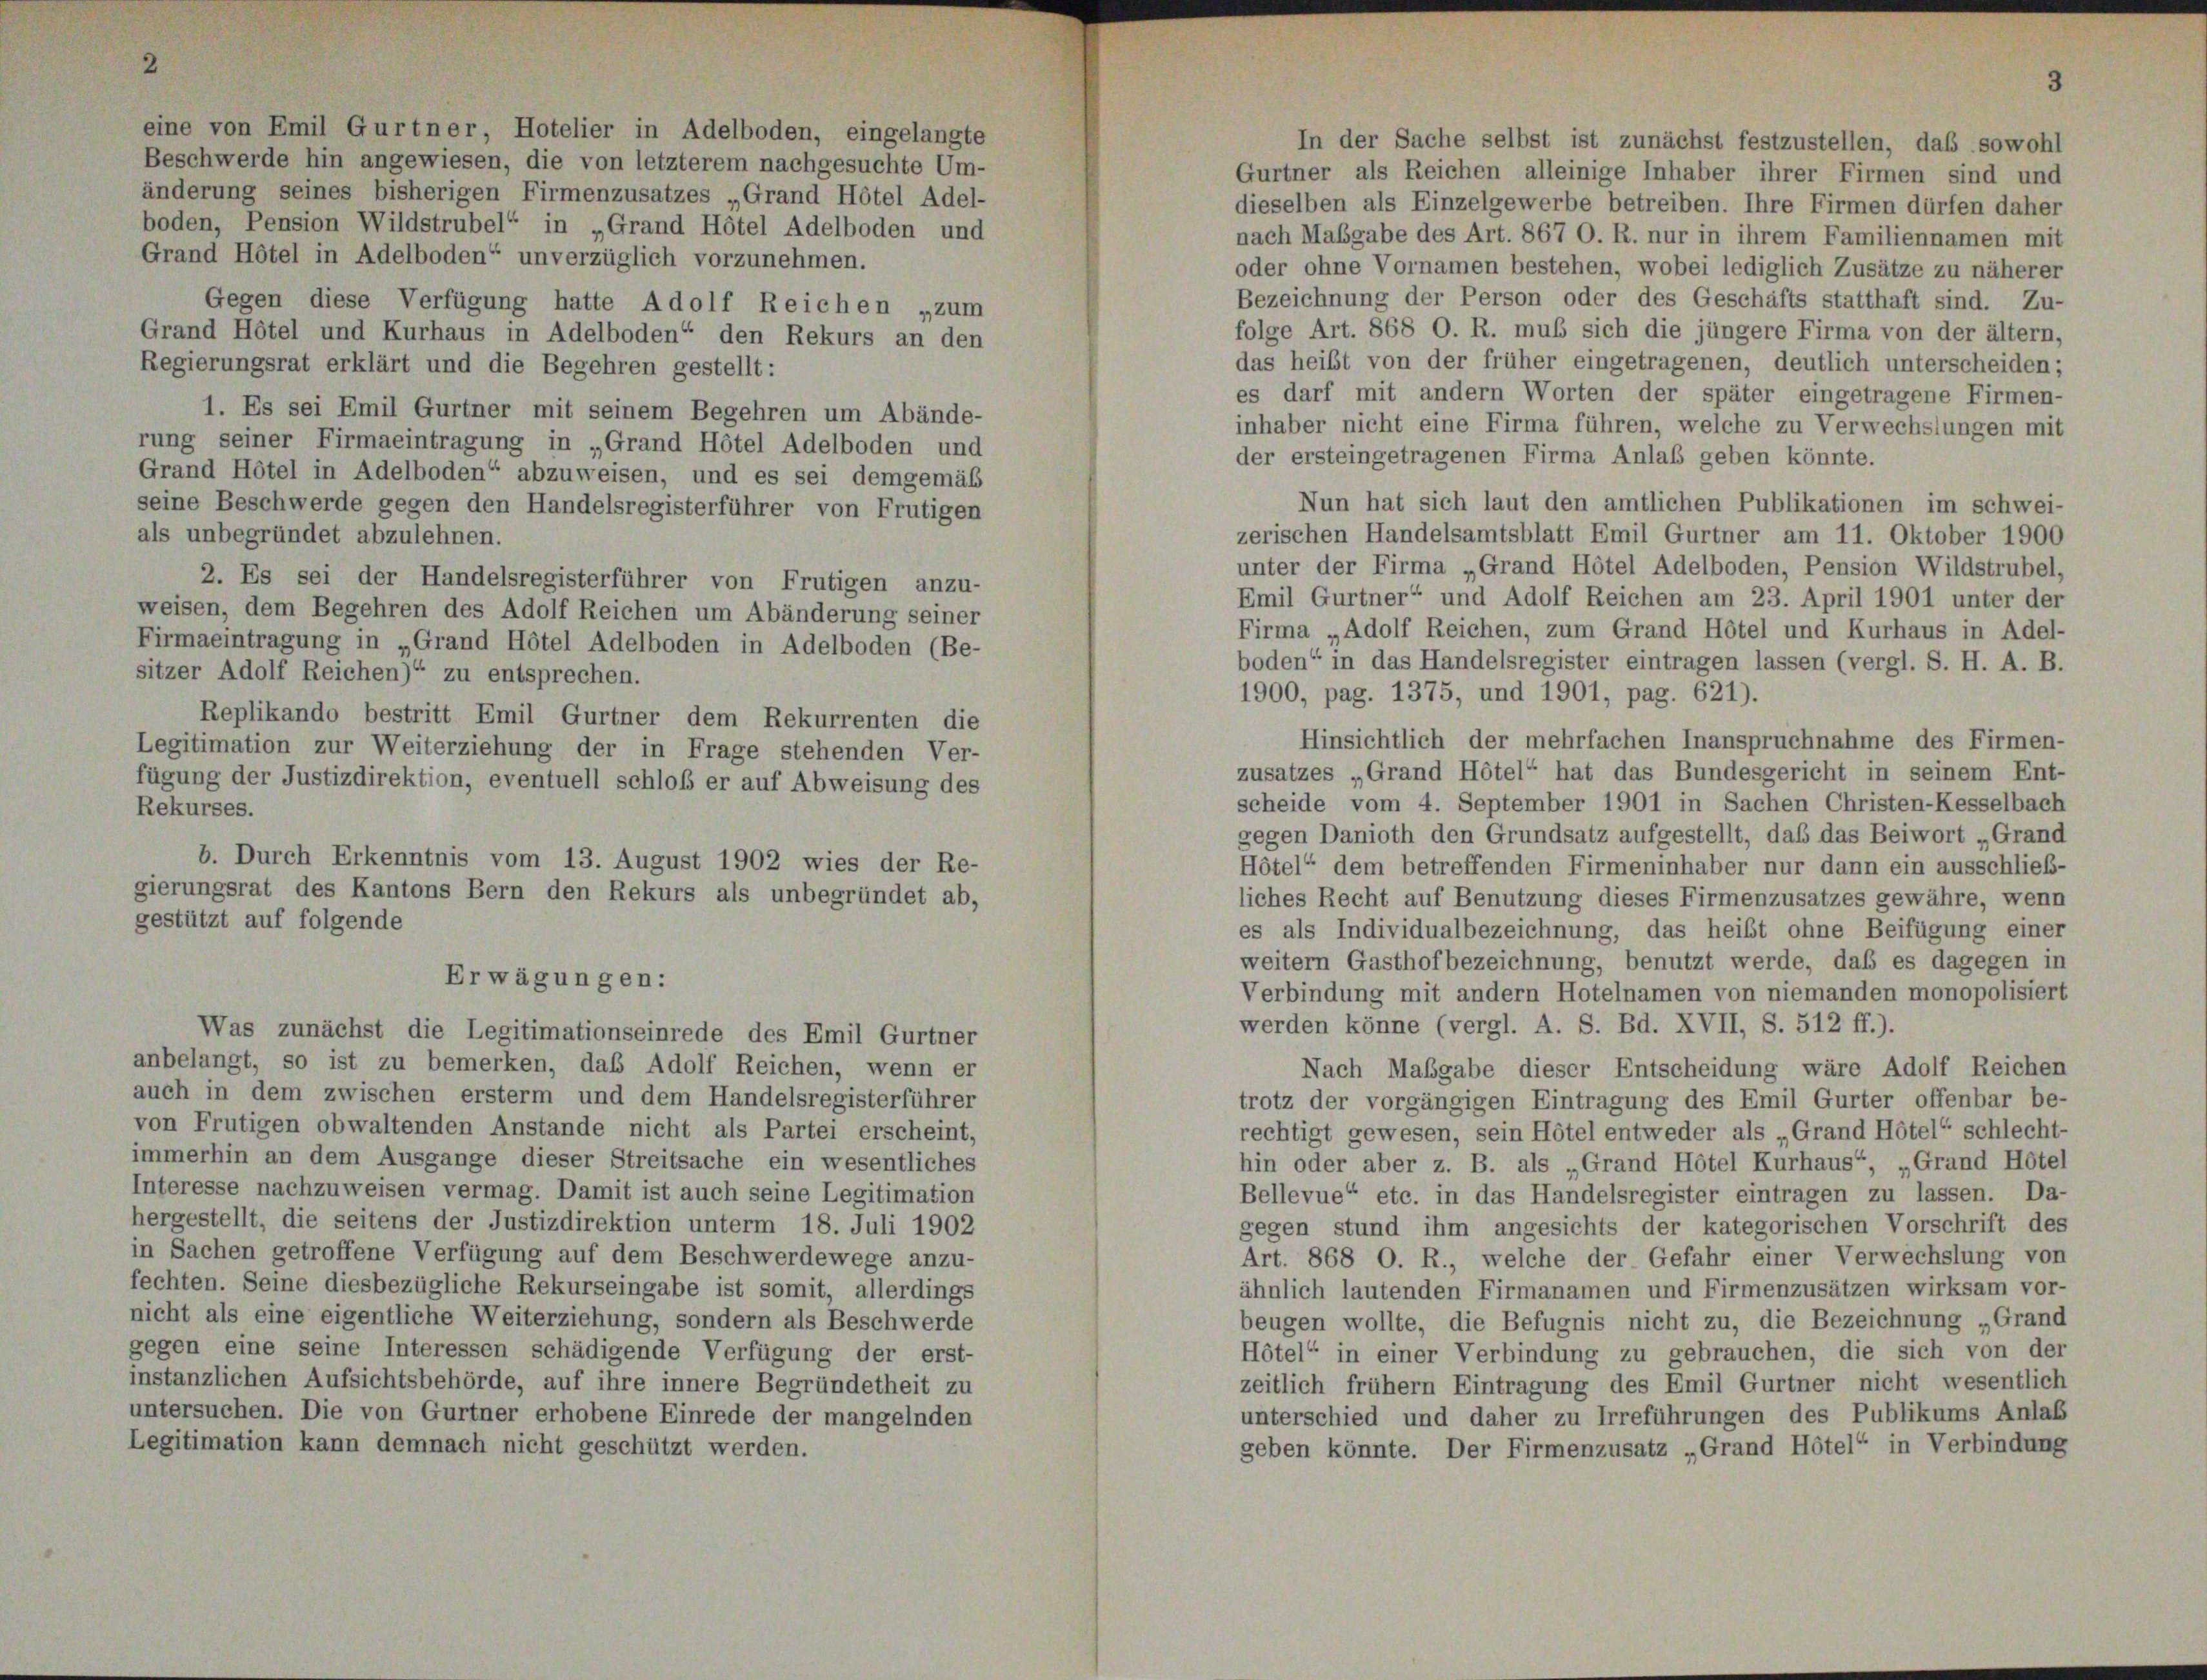
eine von Emil Gurtner, Hotelier in Adelboden, eingelangte
Beschwerde hin angewiesen, die von letzterem nachgesuchte Um-
änderung seines bisherigen Firmenzusatzes „Grand Hôtel Adel-
boden, Pension Wildstrubel“ in „Grand Hôtel Adelboden und
Grand Hôtel in Adelboden“ unverzüglich vorzunehmen.
Gegen diese Verfügung hatte Adolf Reichen „zum
Grand Hôtel und Kurhaus in Adelboden“ den Rekurs an den
Regierungsrat erklärt und die Begehren gestellt:
1. Es sei Emil Gurtner mit seinem Begehren um Abände-
rung seiner Firmaeintragung in „Grand Hotel Adelboden und
Grand Hôtel in Adelboden“ abzuweisen, und es sei demgemäß
seine Beschwerde gegen den Handelsregisterführer von Frutigen
als unbegründet abzulehnen.
2. Es sei der Handelsregisterführer von Frutigen anzu-
weisen, dem Begehren des Adolf Reichen um Abänderung seiner
Firmaeintragung in „Grand Hôtel Adelboden in Adelboden (Be-
sitzer Adolf Reichen) zu entsprechen.
Replikando bestritt Emil Gurtner dem Rekurrenten die
Legitimation zur Weiterziehung der in Frage stehenden Ver-
fügung der Justizdirektion, eventuell schloß er auf Abweisung des
Rekurses.
b. Durch Erkenntnis vom 13. August 1902 wies der Re-
gierungsrat des Kantons Bern den Rekurs als unbegründet ab,
gestützt auf folgende

Erwägunge

Was zunächst die Legitimationseinrede des Emil Gurtner
anbelangt, so ist zu bemerken, das Adolf Reichen, wenn er
auch in dem zwischen ersterm und dem Handelsregisterführer
von Frutigen obwaltenden Anstande nicht als Partei erscheint,
immerhin an dem Ausgange dieser Streitsache ein wesentliches
Interesse nachzuweisen vermag. Damit ist auch seine Legitimation
hergestellt, die seitens der Justizdirektion unterm 18. Juli 1902
in Sachen getroffene Verfügung auf dem Beschwerdewege anzu-
fechten. Seine diesbezügliche Rekurseingabe ist somit, allerdings
nicht als eine eigentliche Weiterziehung, sondern als Beschwerde
gegen eine seine Interessen schädigende Verfügung der erst-
instanzlichen Aufsichtsbehörde, auf ihre innere Begründetheit zu
untersuchen. Die von Gurtner erhobene Einrede der mangelnden
Legitimation kann demnach nicht geschützt werden.

Gurtner als Reichen alleinige Inhaber ihrer Firmen sind und
dieselben als Einzelgewerbe betreiben. Ihre Firmen dürfen daher
nach Maßgabe des Art. 867 O. R. nur in ihrem Familiennamen mit
oder ohne Vornamen bestehen, wobei lediglich Zusätze zu näherer
Bezeichnung der Person oder des Geschäfts statthaft sind. Zu-
folge Art. 868 O. R. muß sich die jüngere Firma von der ältern,
das heißt von der früher eingetragenen, deutlich unterscheiden;
es darf mit andern Worten der später eingetragene Firmen-
inhaber nicht eine Firma führen, welche zu Verwechslungen mit
der ersteingetragenen Firma Anlaß geben könnte.
Nun hat sich laut den amtlichen Publikationen im schwei-
zerischen Handelsamtsblatt Emil Gurtner am 11. Oktober 1900
unter der Firma „Grand Hotel Adelboden, Pension Wildstrubel,
Emil Gurtner“ und Adolf Reichen am 23. April 1901 unter der
Firma „Adolf Reichen, zum Grand Hotel und Kurhaus in Adel-
boden“ in das Handelsregister eintragen lassen (vergl. S. H. A. B.
1900, pag. 1375, und 1901, pag. 621).
Hinsichtlich der mehrfachen Inanspruchnahme des Firmen-
zusatzes „Grand Hötel“ hat das Bundesgericht in seinem Ent-
scheide vom 4. September 1901 in Sachen Christen-Kesselbach
gegen Danioth den Grundsatz aufgestellt, daß das Beiwort „Grand
Hötel“ dem betreffenden Firmeninhaber nur dann ein ausschließ-
liches Recht auf Benutzung dieses Firmenzusatzes gewähre, wenn
es als Individualbezeichnung, das heißt ohne Beifügung einer
weitern Gasthof bezeichnung, benutzt werde, daß es dagegen in
Verbindung mit andern Hotelnamen von niemanden monopolisiert
werden könne (vergl. A. S. Bd. XVII, S. 512 ff.).
Nach Maßgabe dieser Entscheidung wäre Adolf Reichen
trotz der vorgängigen Eintragung des Emil Gurter offenbar be-
rechtigt gewesen, sein Hotel entweder als „Grand Hötel“ schlecht-
hin oder aber z. B. als „Grand Hotel Kurhaus“, „Grand Hôtel
Bellevue“ etc. in das Handelsregister eintragen zu lassen. Da-
gegen stund ihm angesichts der kategorischen Vorschrift des
Art. 868 O. R., welche der Gefahr einer Verwechslung von
ähnlich lautenden Firmanamen und Firmenzusätzen wirksam vor-
beugen wollte, die Befugnis nicht zu, die Bezeichnung „Grand
Hôtel“ in einer Verbindung zu gebrauchen, die sich von der
zeitlich frühem Eintragung des Emil Gurtner nicht wesentlich
unterschied und daher zu Irreführungen des Publikums Anlaß
geben könnte. Der Firmenzusatz „Grand Hôtel“ in Verbindung

In der Sache selbst ist zunächst festzustellen, daß sowohl